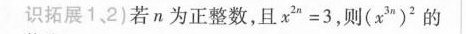
识拓展1，2)若n为正整数，且x”=3，则(x”)'的